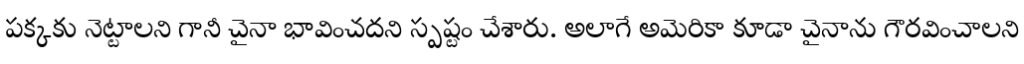
పక్కకు నెట్టాలని గానీ చైనా భావించదని స్పష్టం చేశారు. అలాగే అమెరికా కూడా చైనాను గౌరవించాలని